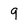
Character: 9